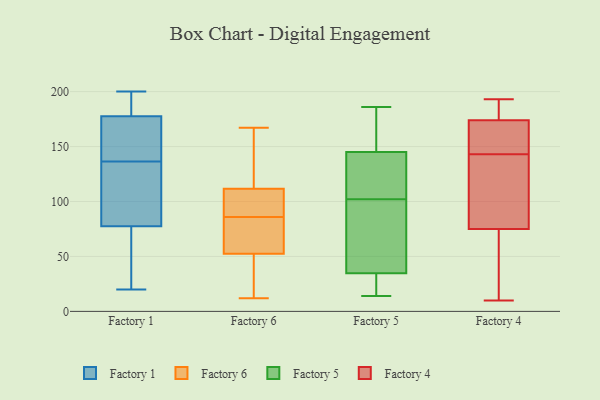
{"axis": {"x": "Latency (ms)", "y": "Value"}, "legend": ["Factory 1", "Factory 4", "Factory 5", "Factory 6"], "data": [{"x": "", "y": 166, "type": "Factory 1"}, {"x": "", "y": 37, "type": "Factory 1"}, {"x": "", "y": 109, "type": "Factory 1"}, {"x": "", "y": 20, "type": "Factory 1"}, {"x": "", "y": 69, "type": "Factory 1"}, {"x": "", "y": 158, "type": "Factory 1"}, {"x": "", "y": 183, "type": "Factory 1"}, {"x": "", "y": 99, "type": "Factory 1"}, {"x": "", "y": 140, "type": "Factory 1"}, {"x": "", "y": 148, "type": "Factory 1"}, {"x": "", "y": 173, "type": "Factory 1"}, {"x": "", "y": 182, "type": "Factory 1"}, {"x": "", "y": 121, "type": "Factory 1"}, {"x": "", "y": 200, "type": "Factory 1"}, {"x": "", "y": 133, "type": "Factory 1"}, {"x": "", "y": 187, "type": "Factory 1"}, {"x": "", "y": 182, "type": "Factory 1"}, {"x": "", "y": 36, "type": "Factory 1"}, {"x": "", "y": 86, "type": "Factory 1"}, {"x": "", "y": 29, "type": "Factory 1"}, {"x": "", "y": 167, "type": "Factory 6"}, {"x": "", "y": 75, "type": "Factory 6"}, {"x": "", "y": 57, "type": "Factory 6"}, {"x": "", "y": 89, "type": "Factory 6"}, {"x": "", "y": 48, "type": "Factory 6"}, {"x": "", "y": 12, "type": "Factory 6"}, {"x": "", "y": 153, "type": "Factory 6"}, {"x": "", "y": 16, "type": "Factory 6"}, {"x": "", "y": 83, "type": "Factory 6"}, {"x": "", "y": 98, "type": "Factory 6"}, {"x": "", "y": 125, "type": "Factory 6"}, {"x": "", "y": 94, "type": "Factory 6"}, {"x": "", "y": 186, "type": "Factory 5"}, {"x": "", "y": 14, "type": "Factory 5"}, {"x": "", "y": 175, "type": "Factory 5"}, {"x": "", "y": 55, "type": "Factory 5"}, {"x": "", "y": 142, "type": "Factory 5"}, {"x": "", "y": 102, "type": "Factory 5"}, {"x": "", "y": 28, "type": "Factory 5"}, {"x": "", "y": 14, "type": "Factory 5"}, {"x": "", "y": 146, "type": "Factory 5"}, {"x": "", "y": 97, "type": "Factory 5"}, {"x": "", "y": 125, "type": "Factory 5"}, {"x": "", "y": 17, "type": "Factory 4"}, {"x": "", "y": 157, "type": "Factory 4"}, {"x": "", "y": 150, "type": "Factory 4"}, {"x": "", "y": 72, "type": "Factory 4"}, {"x": "", "y": 173, "type": "Factory 4"}, {"x": "", "y": 78, "type": "Factory 4"}, {"x": "", "y": 175, "type": "Factory 4"}, {"x": "", "y": 180, "type": "Factory 4"}, {"x": "", "y": 122, "type": "Factory 4"}, {"x": "", "y": 193, "type": "Factory 4"}, {"x": "", "y": 189, "type": "Factory 4"}, {"x": "", "y": 91, "type": "Factory 4"}, {"x": "", "y": 10, "type": "Factory 4"}, {"x": "", "y": 146, "type": "Factory 4"}, {"x": "", "y": 140, "type": "Factory 4"}, {"x": "", "y": 31, "type": "Factory 4"}]}